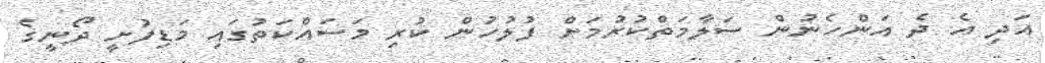
އަދި އެ ދެ އަންހެނުން ސަލާމަތްކުރުމަށް ފުލުހުން ކުރި މަސައްކަތުގައި މަޑިފުށީ ދޯނީގެ